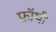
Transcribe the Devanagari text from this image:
फ्रॉथी